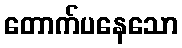
တောက်ပနေသော